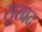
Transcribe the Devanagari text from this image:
सूखद